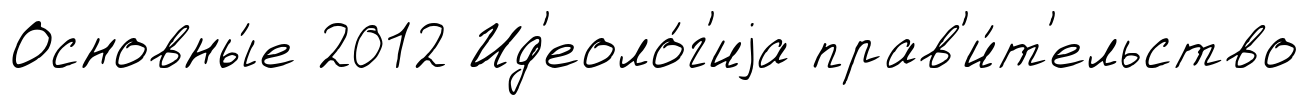
Основны́е 2012 Ид'еоло́г'иjа прав'и́т'ельство